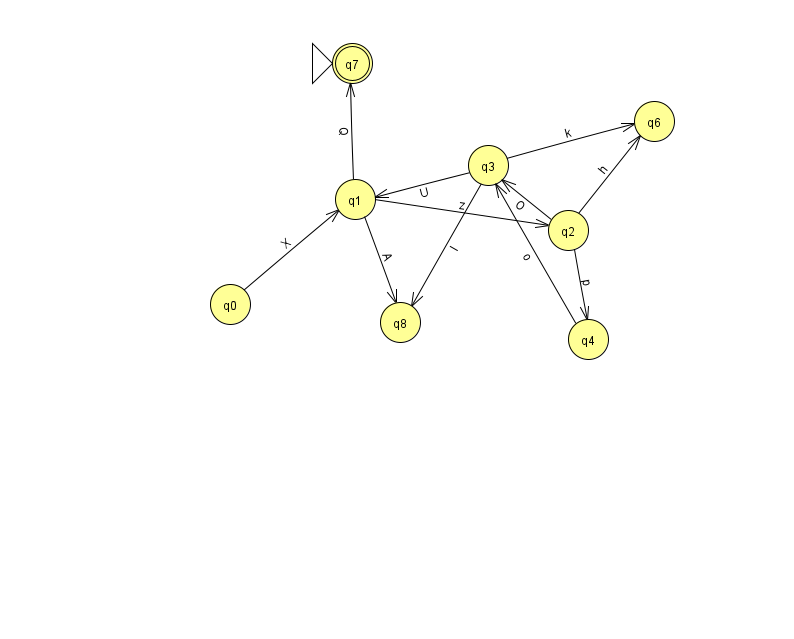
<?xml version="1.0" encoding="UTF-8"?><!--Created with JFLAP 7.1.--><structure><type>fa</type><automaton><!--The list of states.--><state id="0" name="q0"><x>230.0</x><y>291.0</y></state><state id="1" name="q1"><x>355.0</x><y>186.0</y></state><state id="2" name="q2"><x>568.0</x><y>217.0</y></state><state id="3" name="q3"><x>488.0</x><y>152.0</y></state><state id="4" name="q4"><x>588.0</x><y>326.0</y></state><state id="6" name="q6"><x>654.0</x><y>108.0</y></state><state id="7" name="q7"><x>352.0</x><y>50.0</y><initial/><final/></state><state id="8" name="q8"><x>400.0</x><y>309.0</y></state><!--The list of transitions.--><transition><from>4</from><to>3</to><read>o</read></transition><transition><from>0</from><to>1</to><read>X</read></transition><transition><from>1</from><to>7</to><read>Q</read></transition><transition><from>1</from><to>2</to><read>z</read></transition><transition><from>3</from><to>6</to><read>k</read></transition><transition><from>2</from><to>4</to><read>p</read></transition><transition><from>1</from><to>8</to><read>A</read></transition><transition><from>2</from><to>3</to><read>O</read></transition><transition><from>3</from><to>8</to><read>I</read></transition><transition><from>3</from><to>1</to><read>U</read></transition><transition><from>2</from><to>6</to><read>h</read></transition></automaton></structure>